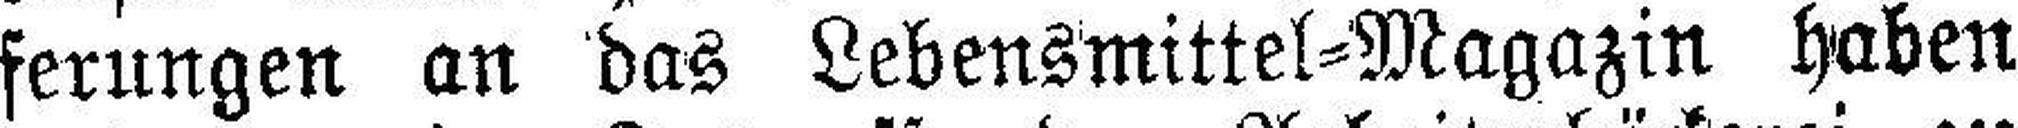
ferungen an das Lebensmittel=Magazin haben